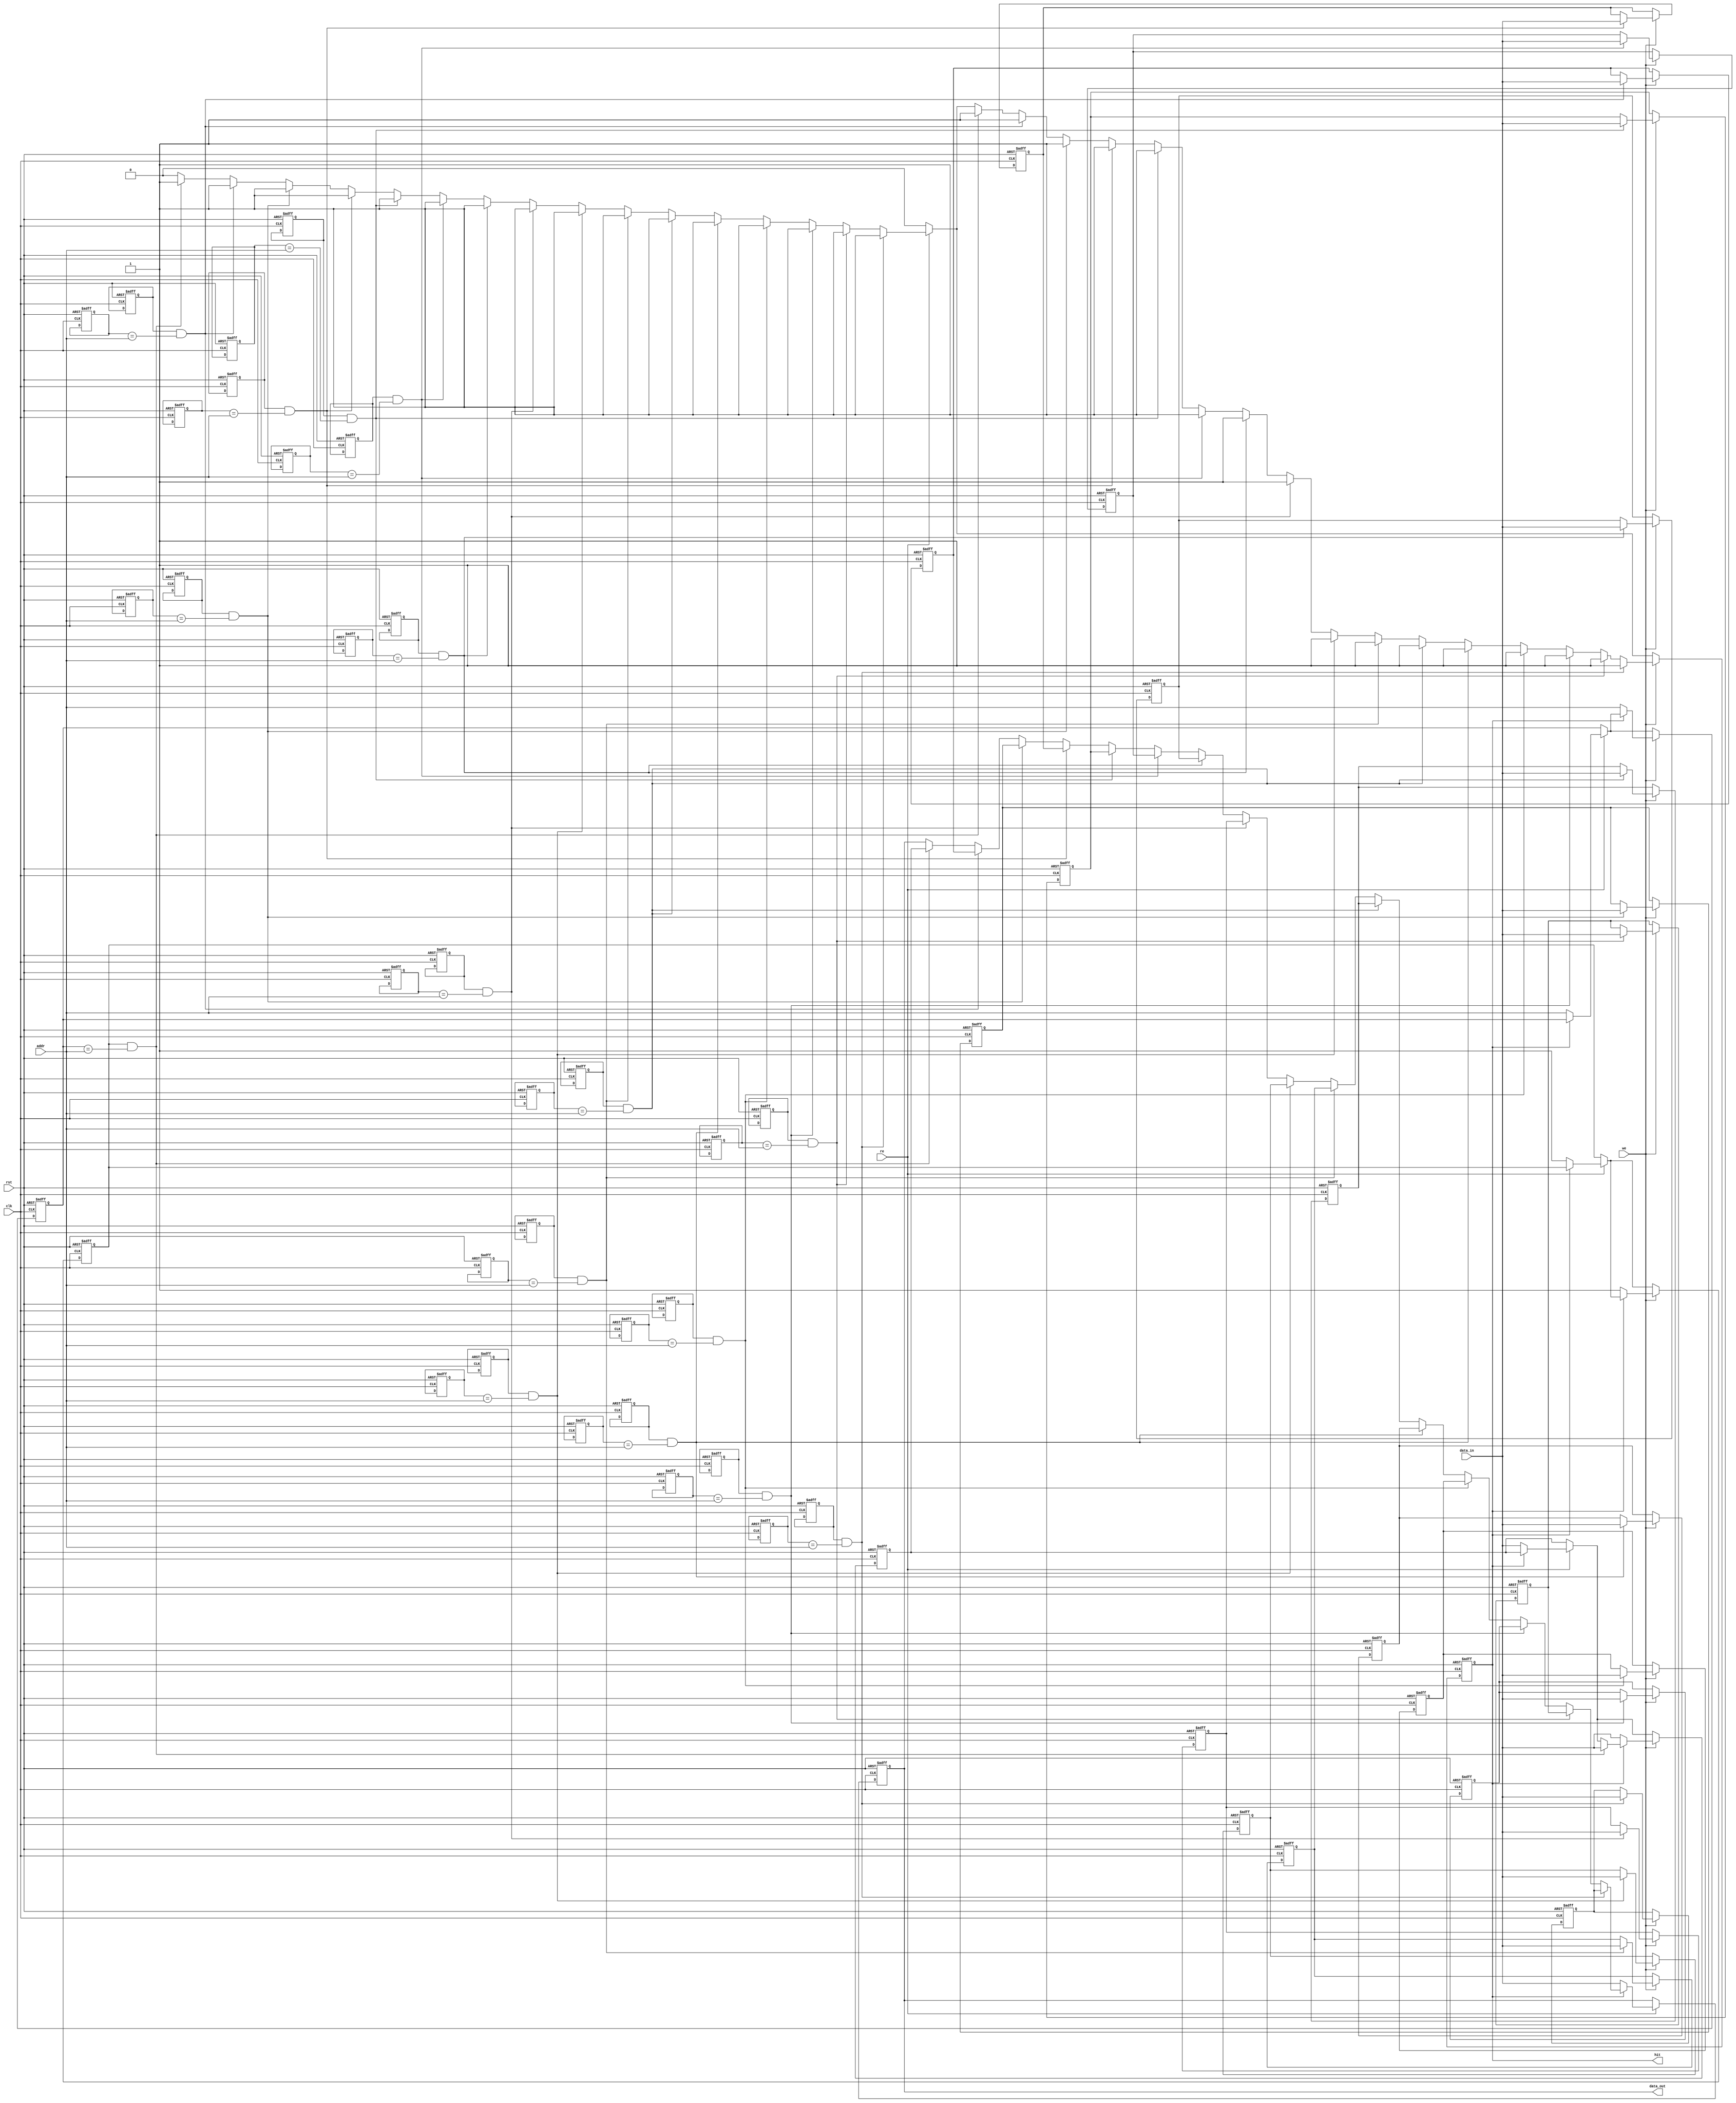
module NonVolatileCache #(
    parameter CACHE_SIZE = 16,       // Number of cache lines
    parameter LINE_SIZE = 32,         // Data size per cache line in bits
    parameter TAG_SIZE = 8             // Size of the tag in bits
)(
    input clk,
    input rst,
    input [TAG_SIZE-1:0] addr,        // Address input
    input [LINE_SIZE-1:0] data_in,    // Data input
    input we,                          // Write enable
    input re,                          // Read enable
    output reg hit,                    // Cache hit signal
    output reg [LINE_SIZE-1:0] data_out // Data output
);

    // Cache line structure
    reg [LINE_SIZE-1:0] cache_data [0:CACHE_SIZE-1]; // Data storage array
    reg [TAG_SIZE-1:0] tag_storage [0:CACHE_SIZE-1]; // Tag storage
    reg valid [0:CACHE_SIZE-1];                      // Valid bits
    reg dirty [0:CACHE_SIZE-1];                      // Dirty bits

    // Cache controller logic
    integer i;
    always @(posedge clk or posedge rst) begin
        if (rst) begin
            // Reset all cache lines
            for (i = 0; i < CACHE_SIZE; i = i + 1) begin
                valid[i] <= 0;
                dirty[i] <= 0;
                tag_storage[i] <= 0;
                cache_data[i] <= 0;
            end
            hit <= 0;
            data_out <= 0;
        end
        else begin
            hit <= 0;
            if (re) begin
                // Read operation
                for (i = 0; i < CACHE_SIZE; i = i + 1) begin
                    if (valid[i] && (tag_storage[i] == addr)) begin
                        // Cache hit
                        hit <= 1;
                        data_out <= cache_data[i];
                    end
                end
                if (!hit) begin
                    // Cache miss: Fetch from main memory (not implemented)
                    // Update cache line (simple FIFO replacement for demo)
                    // Here we assume the address is the same as the tag
                    cache_data[0] <= data_in; // Replace first line for simplicity
                    tag_storage[0] <= addr;
                    valid[0] <= 1;
                    dirty[0] <= 0; // Set dirty if needed
                    data_out <= data_in; // For demo purposes, output the input
                end
            end
            if (we) begin
                // Write operation
                for (i = 0; i < CACHE_SIZE; i = i + 1) begin
                    if (valid[i] && (tag_storage[i] == addr)) begin
                        // Cache hit
                        cache_data[i] <= data_in; // Update data
                        dirty[i] <= 1; // Mark as dirty
                        hit <= 1;
                    end
                end
                if (!hit) begin
                    // Cache miss: Write to main memory (not implemented)
                    // Update cache line (simple FIFO replacement for demo)
                    cache_data[0] <= data_in; // Replace first line for simplicity
                    tag_storage[0] <= addr;
                    valid[0] <= 1;
                    dirty[0] <= 1; // Set dirty
                end
            end
        end
    end

endmodule